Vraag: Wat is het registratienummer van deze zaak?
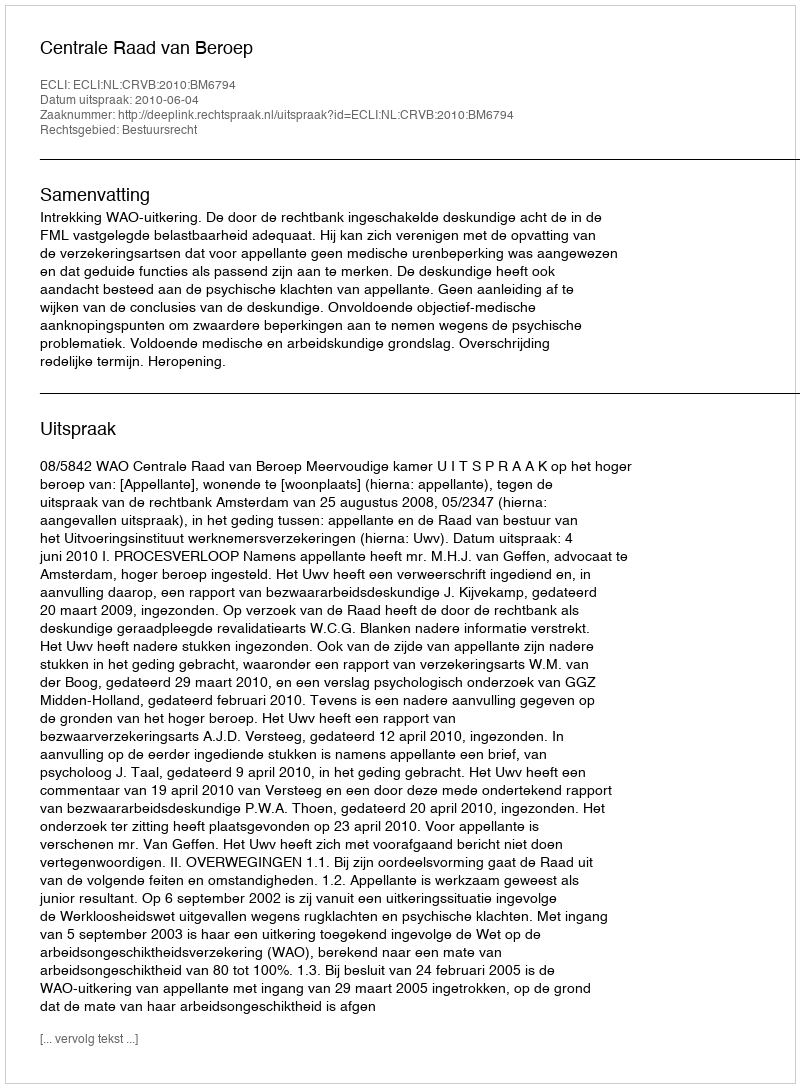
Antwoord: http://deeplink.rechtspraak.nl/uitspraak?id=ECLI:NL:CRVB:2010:BM6794